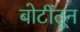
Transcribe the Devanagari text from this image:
बोटींतून